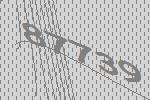
87739